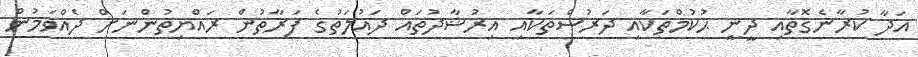
އަދާ ކުރާނެގޮތާއި ދީނީ ޙުކުމްތަކާއި ދަރުސްތަކާއި އިރުޝާދުތައް ދައުލަތުގެ ފަރާތުން ރައްޔިތުންނަށް ދެއްވަމުން